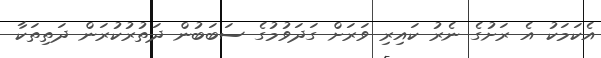
އެކަމަކު އެ ރަށުގެ ނެރު ކައިރި ވަރަށް ގަދަވުމުގެ ސަބަބުން ދަތުރުކުރަން ދަތިތަކާ